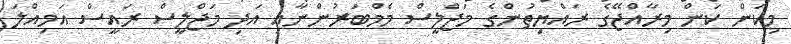
މިކަން ކަން މިރާއްޖޭގެ ރައްޔިތުންގެ މަޖްލީސް މެމްބަރުންނާއި އަދި މަޖްލީސް ރައީސް އަމިއްލަ